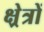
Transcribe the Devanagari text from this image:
क्ष्रेत्रों